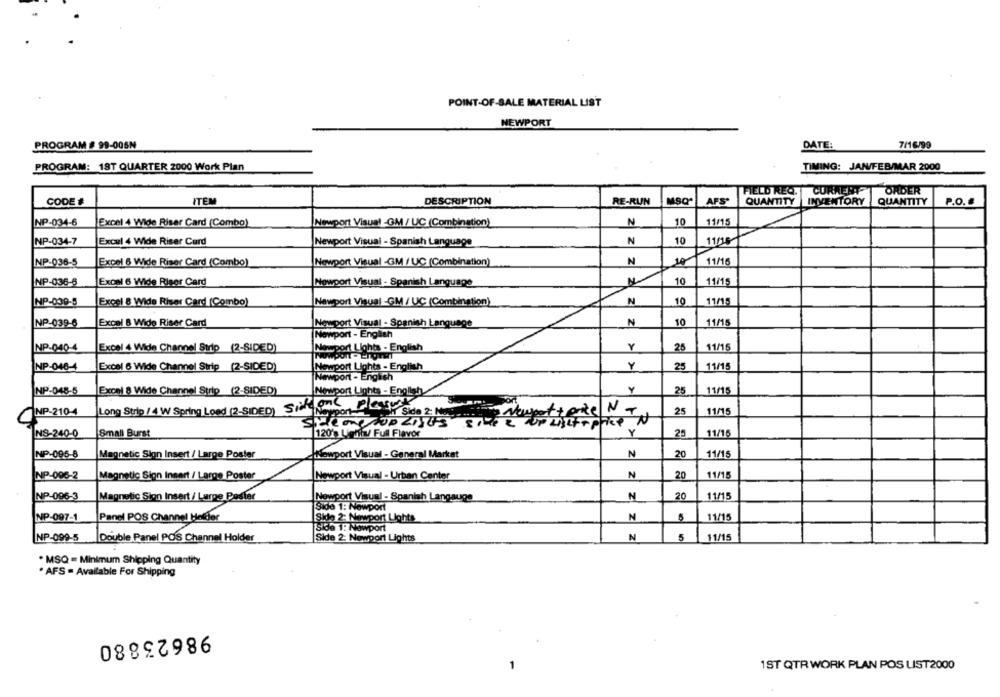
POINT-OF-SALE MATERIAL LIST
NEWPORT
PROGRAM # 99-005N
DATE:
7/16/99
PROGRAM: 19T QUARTER 2000 Work Plan
TIMING: JAN/FEB/MAR 2000
FIELD REQ. CORRER
ORDER
CODE #
ITEM
DESCRIPTION
RE-RUN
MSQ'
AFS'
QUANTITY
INVENTORY
QUANTITY
P.O.
NP-034-6
Excel 4 Wide Riser Card (Combo)
Newport Visual -GM / UC (Combination)
N
10
11/15
NP-034-7
Excel 4 Wide Riser Card
Newport Visual - Spanish Language
N
10
11016
NP-036-5
Excel 6 Wide Riser Card (Combo)
Newport Visual -GM / UC (Combination)
N
11/15
NP-036-8
Excel 6 Wide Riser Card
Nowport Visual - Spanish Language
10
11/15
NP-039-5
Excel 8 Wide Riser Card (Combo)
Newport Visual -GM / UC (Combination)
N
10
11/15
11/15
NP-039-6
Excel 8 Wide Riser Card
Newport Visual - Spanish Language
N
10
Newport - English
NP-040-4
Excel 4 Wide Channel Strip (2-SIDED)
Newport Lights - English
Y
25
11/15
NP-046-4
Excel 6 Wide Channel Strip (2-SIDED)
Newport Lights - English
25
11/15
Newport - English
NP-048-5
Exonl 8 Wide Channel Strip (2-SIDED)
25
11/15
Newport Lights - English
Long Strip / W Spring Load (2-SIDED) side and Pleasure
Newport terre NT
25
11/15
NP-210-4
Sh Side 2: Nog. ...
side one hop Lists sine a Top Lightsprice IN
Y
NS-240-0
Small Burst
120' Lienhay/ Full Flavor
25
11/15
Newport Visual - General Markat
N
11/15
NP-095-8
Magnetic Sion Insert / Large Poster
20
Magnetic Sign Insert / Large Poster
N
11/15
NP-096-2
Newport Visual - Urban Center
20
N
NP-096-3
Magnetic Sion Insert / Lampe Pester
Newport Visual - Spanish Langauge
20
11/15
Side 1: Newport
NP-097-1 Panel POS Channel Holder
N
Side 2- Newport Lights
11/15
Sida 1: Newport
NP-099-5 Double Panel POS Channel Holder
Side 2: Newport Lights
N
5
11/15
. MSQ = Minimum Shipping Quantity
. AFS . Available For Shipping
98623880
1ST QTR WORK PLAN POS LIST2000